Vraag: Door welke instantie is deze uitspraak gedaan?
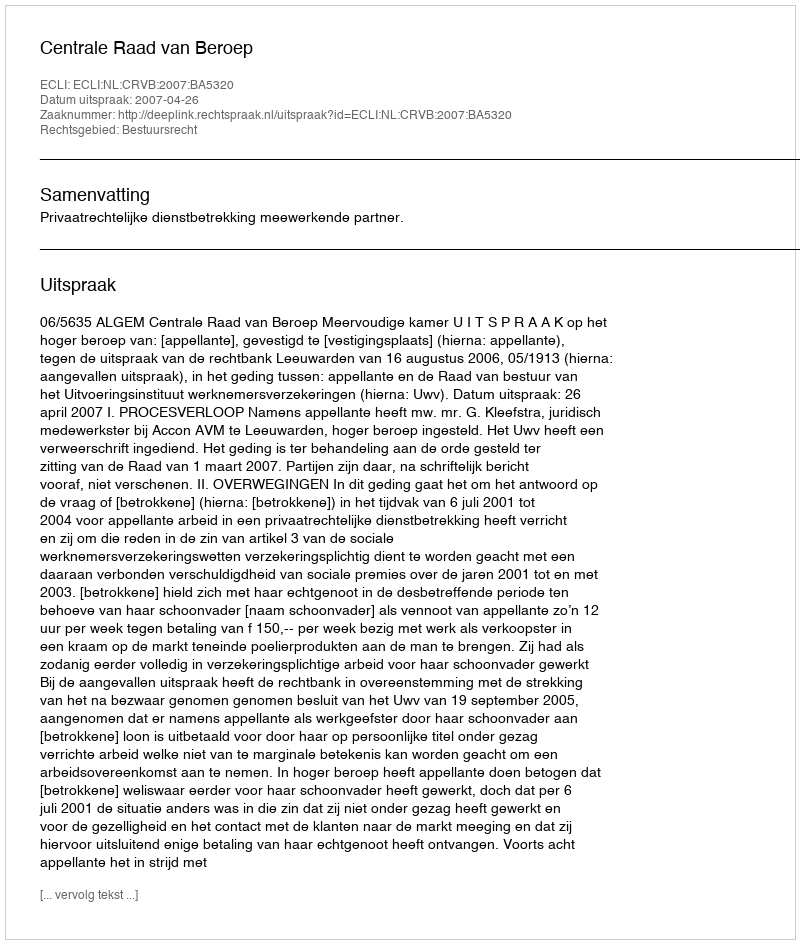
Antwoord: Centrale Raad van Beroep